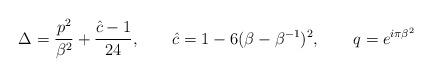
LaTeX: \begin{align*}\Delta={p^2\over \beta^2}+{\hat{c}-1\over 24},\qquad \hat{c}=1-6(\beta-\beta^{-1})^2,\qquad q=e^{i\pi \beta^2} \end{align*}